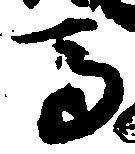
馬